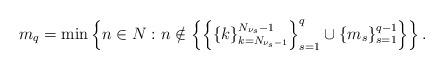
LaTeX: \begin{align*}m_q= \min \left\{ n \in N: n \notin \left\{ \left\{ \{ k\}_{k=N_{\nu_s-1}}^{N_{\nu_s}-1} \right\}_{s=1}^q \cup \{m_s\}_{s=1}^{q-1}\right\} \right\}.\end{align*}